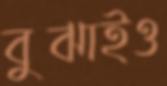
বুঝাইও